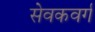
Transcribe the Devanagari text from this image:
सेवकवर्ग